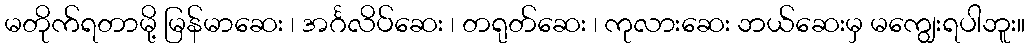
မတိုက်ရတာမို့ မြန်မာဆေး ၊ အင်္ဂလိပ်ဆေး ၊ တရုတ်ဆေး ၊ ကုလားဆေး ဘယ်ဆေးမှ မကျွေးရပါဘူး။